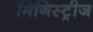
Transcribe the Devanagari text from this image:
मिनिस्ट्रीज